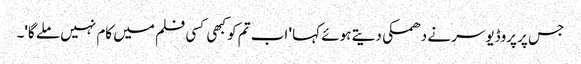
جس پر پروڈیوسر نے دھمکی دیتے ہوئے کہا ' اب تم کو کبھی کسی فلم میں کام نہیں ملے گا'۔